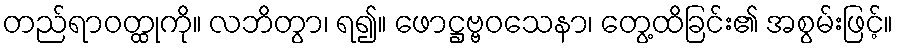
တည်ရာဝတ္ထုကို။ လဘိတွာ၊ ရ၍။ ဖောဋ္ဌဗ္ဗဝသေနာ၊ တွေ့ထိခြင်း၏ အစွမ်းဖြင့်။